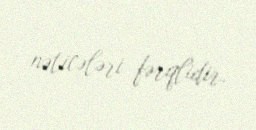
nəticələri fərqlidir.